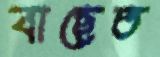
বাছেত